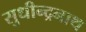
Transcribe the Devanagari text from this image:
सुधीन्द्रनाथ